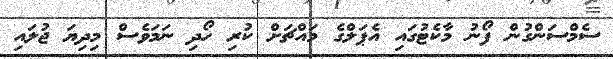
ސެމްސަންގުން ފޯނު މާކެޓުގައި އެޕަލްގެ މައްޗަށް ކުރި ހޯދި ނަމަވެސް މިދިޔަ ޖުލައި